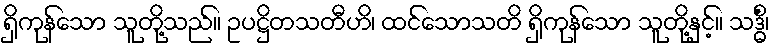
ရှိကုန်သော သူတို့သည်။ ဥပဋ္ဌိတသတီဟိ၊ ထင်သောသတိ ရှိကုန်သော သူတို့နှင့်။ သဒ္ဓိံ၊